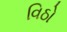
વિઠો